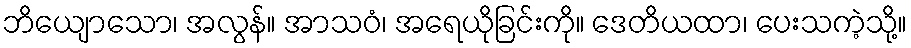
ဘိယျောသော၊ အလွန်။ အာသဝံ၊ အရေယိုခြင်းကို။ ဒေတိယထာ၊ ပေးသကဲ့သို့။